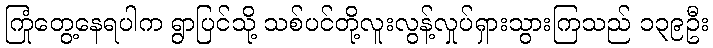
ကြုံတွေ့နေရပါက ရွာပြင်သို့ သစ်ပင်တို့လူးလွန့်လှုပ်ရှားသွားကြသည် ၁၃၉ဦး